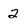
Character: 2